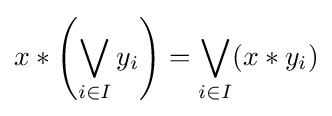
x*\left(\bigvee _{i\in I}{y_{i}}\right)=\bigvee _{i\in I}(x*y_{i})